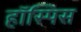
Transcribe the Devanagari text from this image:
हॉस्पिस